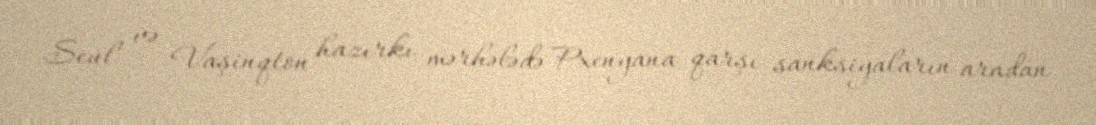
Seul və Vaşinqton hazırkı mərhələdə Pxenyana qarşı sanksiyaların aradan